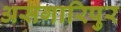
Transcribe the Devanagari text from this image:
असगारिपुर